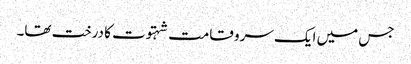
جس میں ایک سرو قامت شہتوت کا درخت تھا۔